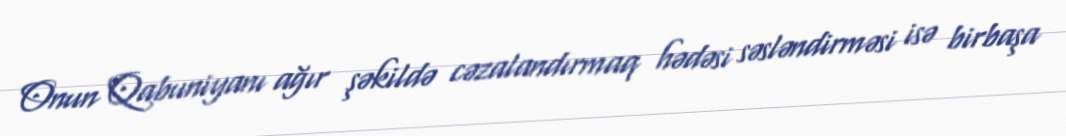
Onun Qabuniyanı ağır şəkildə cəzalandırmaq hədəsi səsləndirməsi isə birbaşa